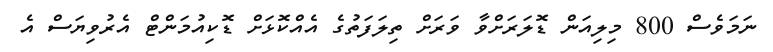
ނަމަވެސް 800 މިލިއަން ޑޮލަރަށްވާ ވަރަށް ތިލަފަތުގެ އެއްކޮޅަށް ޑޮކިއުމަންޓް އެރުވިޔަސް އެ